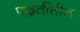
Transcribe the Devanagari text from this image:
पद्धतींतील